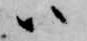
ハ